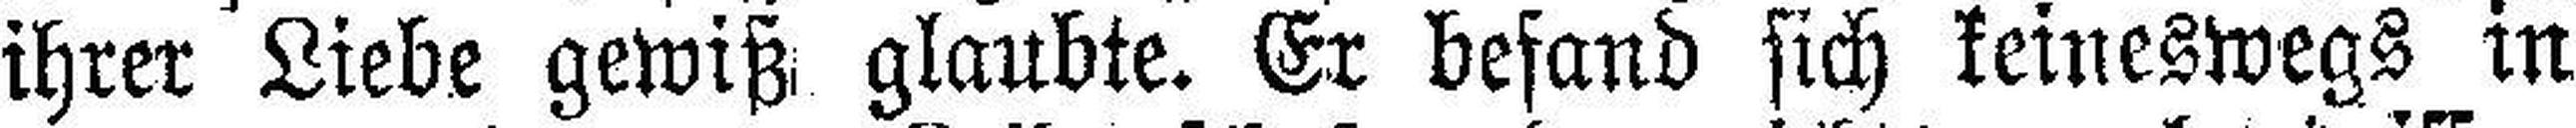
ihrer Liebe gewiß glaubte. Er befand sich keineswegs in